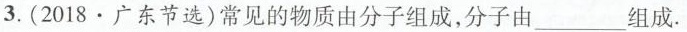
3.(2018·广东节选)常见的物质由分子组成，分子由\___组成。